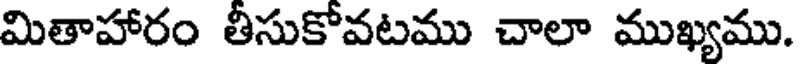
మితాహారం తీసుకోవటము చాలా ముఖ్యము.